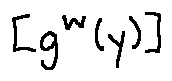
[ g ^ { w } ( y ) ]